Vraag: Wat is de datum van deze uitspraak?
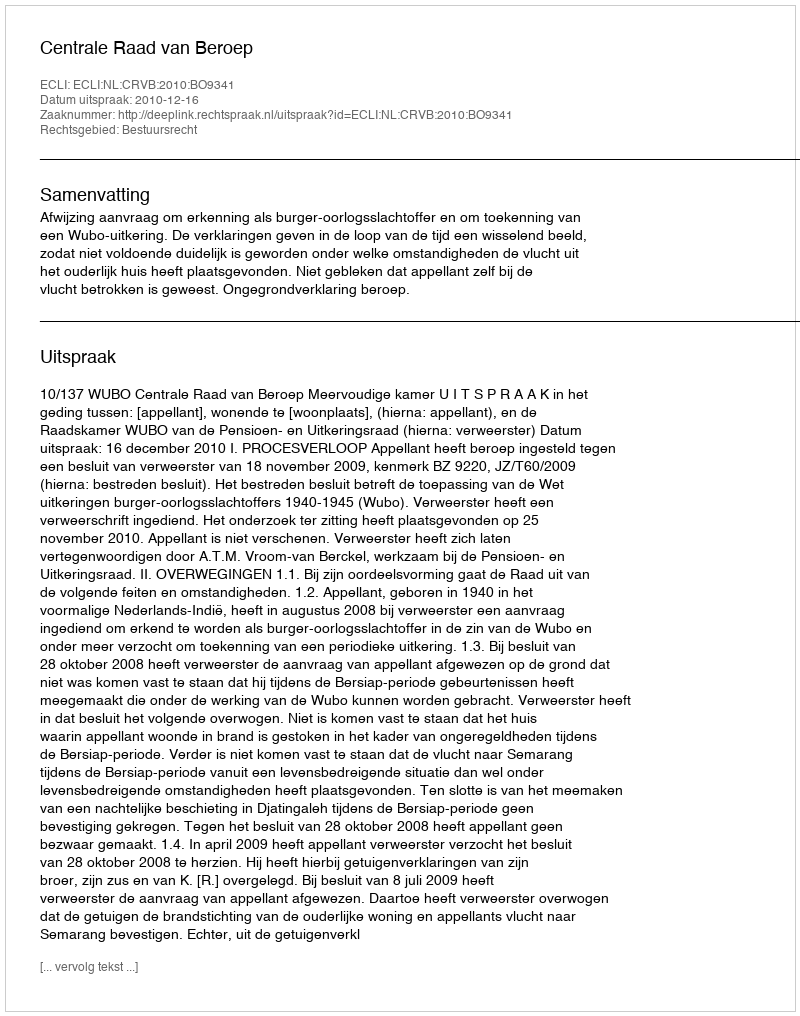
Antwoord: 2010-12-16